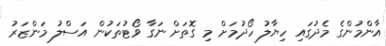
އާންމުންގެ މެދުގައި ހިޔާލު ހޯދުމަށް މި ގޮތަށް ނަގާ ވޯޓުތަކުން އަސްލު މަންޒަރު